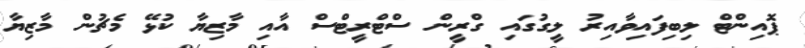
ޕޮއިންޓް ލިބިފައިވާއިރު ލީގުގައި ގްރީން ސްޓްރީޓްސް އާއި މާޒިޔާ ކުޅޭ މެޗުން މާޒިޔާ